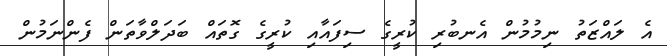
އެ ލައްޒަތު ނިމުމުން އެނބުރި ކުރީގެ ސިފައާއި ކުރީގެ ގޮތައް ބަދަލްވާތަން ފެންނަމުން